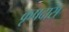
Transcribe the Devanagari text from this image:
कृषदास